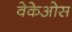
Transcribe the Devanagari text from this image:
वेकेओस